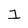
Character: 1